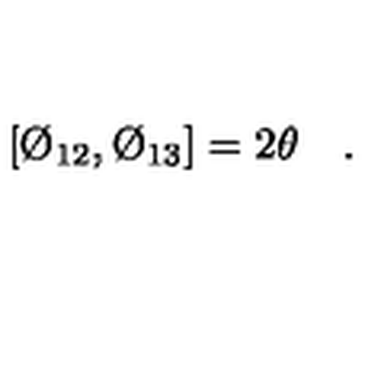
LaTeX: [ \O _ { 1 2 } , \O _ { 1 3 } ] = 2 \theta \quad .